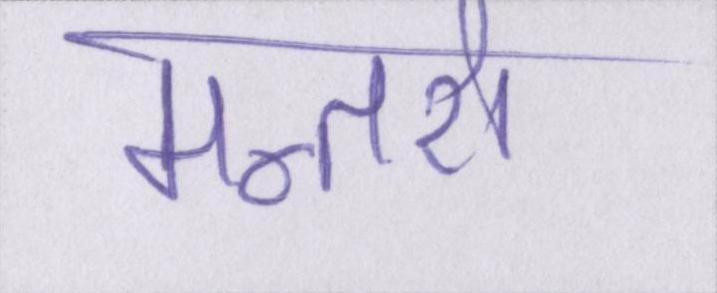
मन्तरो